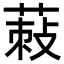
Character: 𦵪